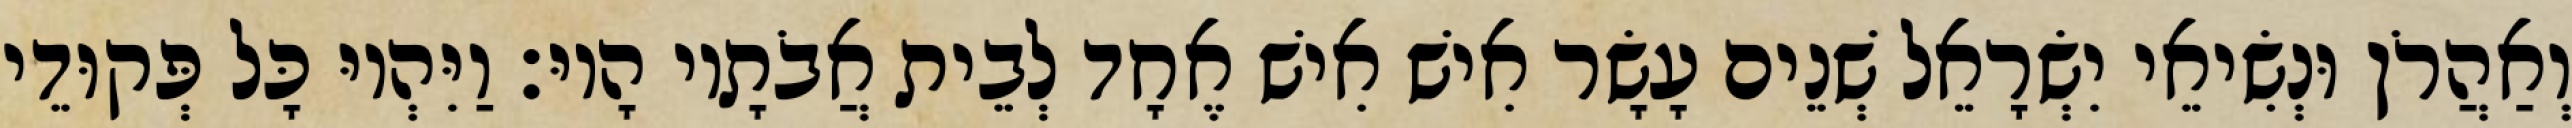
וְאַהֲרֹן וּנְשִׂיאֵי יִשְׂרָאֵל שְׁנֵים עָשָׂר אִישׁ אִישׁ אֶחָד לְבֵית אֲבֹתָיו הָיוּ׃ וַיִּהְיוּ כָּל פְּקוּדֵי